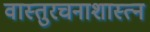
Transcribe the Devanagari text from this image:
वास्तुरचनाशास्त्न